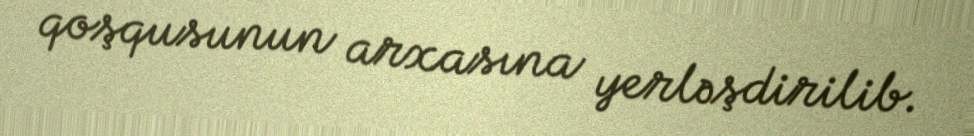
qoşqusunun arxasına yerləşdirilib.